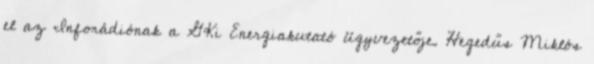
el az Inforádiónak a GKi Energiakutató ügyvezetője. Hegedűs Miklós